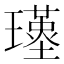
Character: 𤪣